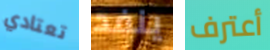
تعتادي ينفد أعترف